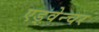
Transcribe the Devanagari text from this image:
एड्वेन्चर